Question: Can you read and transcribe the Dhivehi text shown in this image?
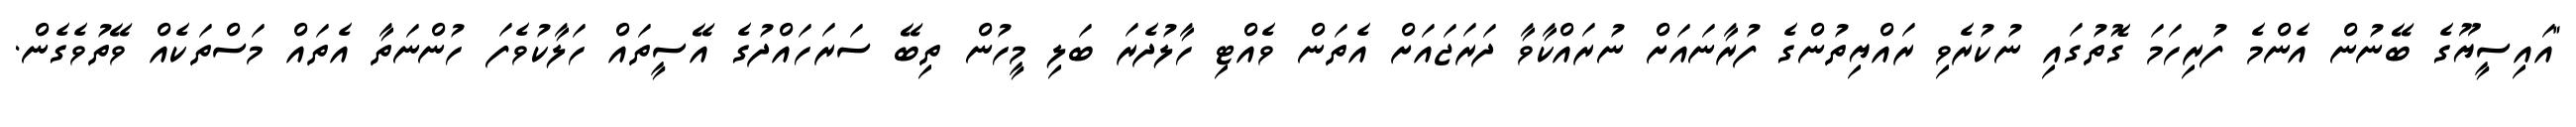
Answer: "އައިސީޔޫގެ ބޭނުން އެންމެ ފުރިހަމަ ގޮތުގައި ނުކުރެވި ރައްޔިތުންގެ ފުރާނައަށް ނުރައްކާވާ ދަރަޖައަށް އެތަން ވެއްޓި ހާލުދެރަ ބަލި މީހުން ތިބޭ ސަރަހައްދުގެ އޭސީތައް ހަލާކުވެފަ ހުންނަތާ އެތައް މަސްތަކެއް ވޭތުވެގެން.